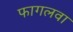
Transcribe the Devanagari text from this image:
फागलवा